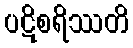
ပဋိစရိဿတိ